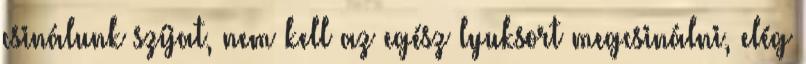
csinálunk szíjat, nem kell az egész lyuksort megcsinálni, elég